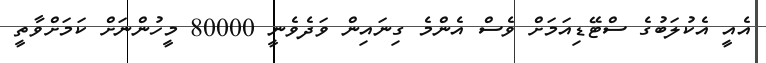
އެއީ އެކުލަބުގެ ސްޓޭޑިއަމަށް ވެސް އެންމެ ގިނައިން ވަދެވެނީ 80000 މީހުންނަށް ކަމަށްވާތީ